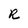
Character: R